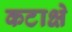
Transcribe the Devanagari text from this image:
कटाक्षे